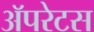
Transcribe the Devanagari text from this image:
अॅपरेटस